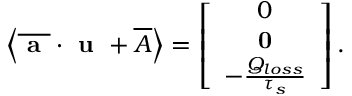
\left\langle \overline { { \textbf { a } } } \cdot \textbf { u } + \overline { { A } } \right\rangle = \left[ \begin{array} { c } { 0 } \\ { \textbf { 0 } } \\ { - \frac { Q _ { l o s s } } { \tau _ { s } } } \end{array} \right] .